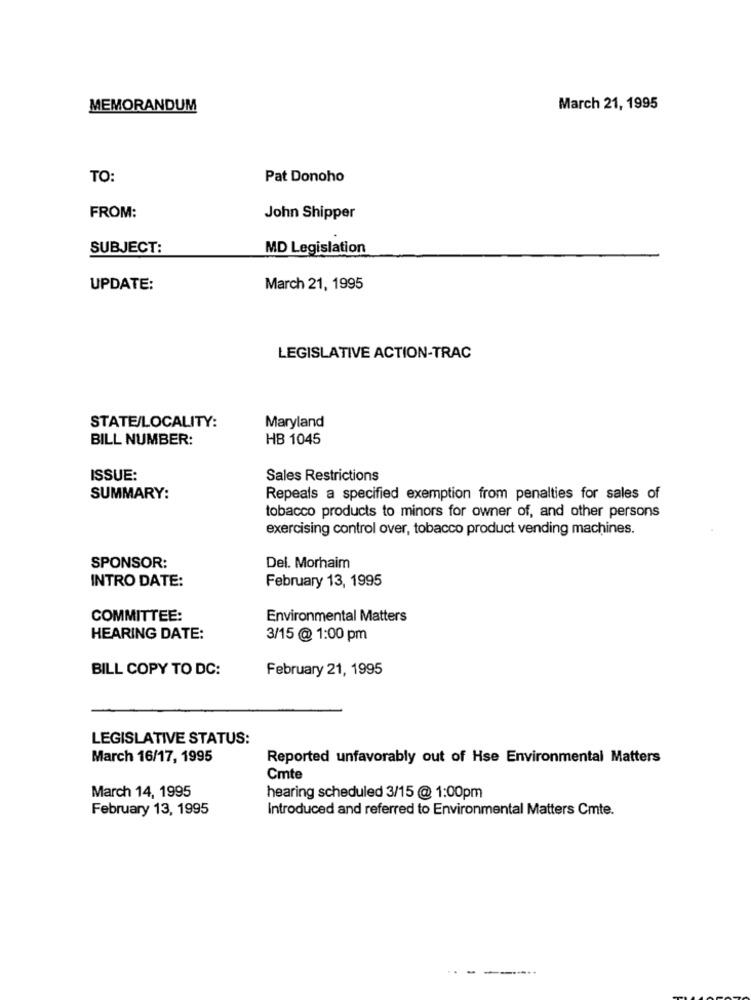
MEMORANDUM
March 21, 1995
TO:
Pat Donoho
FROM:
John Shipper
SUBJECT:
MD Legislation
UPDATE:
March 21, 1995
LEGISLATIVE ACTION-TRAC
Maryland
STATE/LOCALITY:
BILL NUMBER:
HB 1045
ISSUE:
Sales Restrictions
SUMMARY:
Repeals a specified exemption from penalties for sales of
tobacco products to minors for owner of, and other persons
exercising control over, tobacco product vending machines.
SPONSOR:
Del. Morhaim
INTRO DATE:
February 13, 1995
COMMITTEE:
Environmental Matters
HEARING DATE:
3/15 @ 1:00 pm
BILL COPY TO DC:
February 21, 1995
LEGISLATIVE STATUS:
March 16/17, 1995
Reported unfavorably out of Hse Environmental Matters
Cmte
March 14, 1995
hearing scheduled 3/15 @ 1:00pm
February 13, 1995
Introduced and referred to Environmental Matters Cmte.